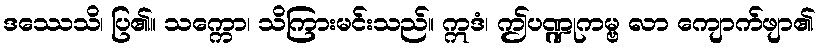
ဒဿေသိ၊ ပြ၏။ သက္ကော၊ သိကြားမင်းသည်။ ဣဒံ၊ ဤပဏ္ဍုကမ္ဗ လာ ကျောက်ဖျာ၏